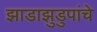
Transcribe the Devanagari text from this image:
झाडाझुडुपांचे